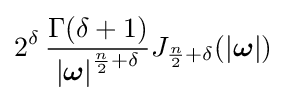
2^{\delta }\,{\frac {\Gamma (\delta +1)}{\left|{\boldsymbol {\omega }}\right|^{{\frac {n}{2}}+\delta }}}J_{{\frac {n}{2}}+\delta }(|{\boldsymbol {\omega }}|)